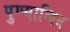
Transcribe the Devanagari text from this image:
पुण्यान्वित